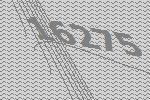
16275